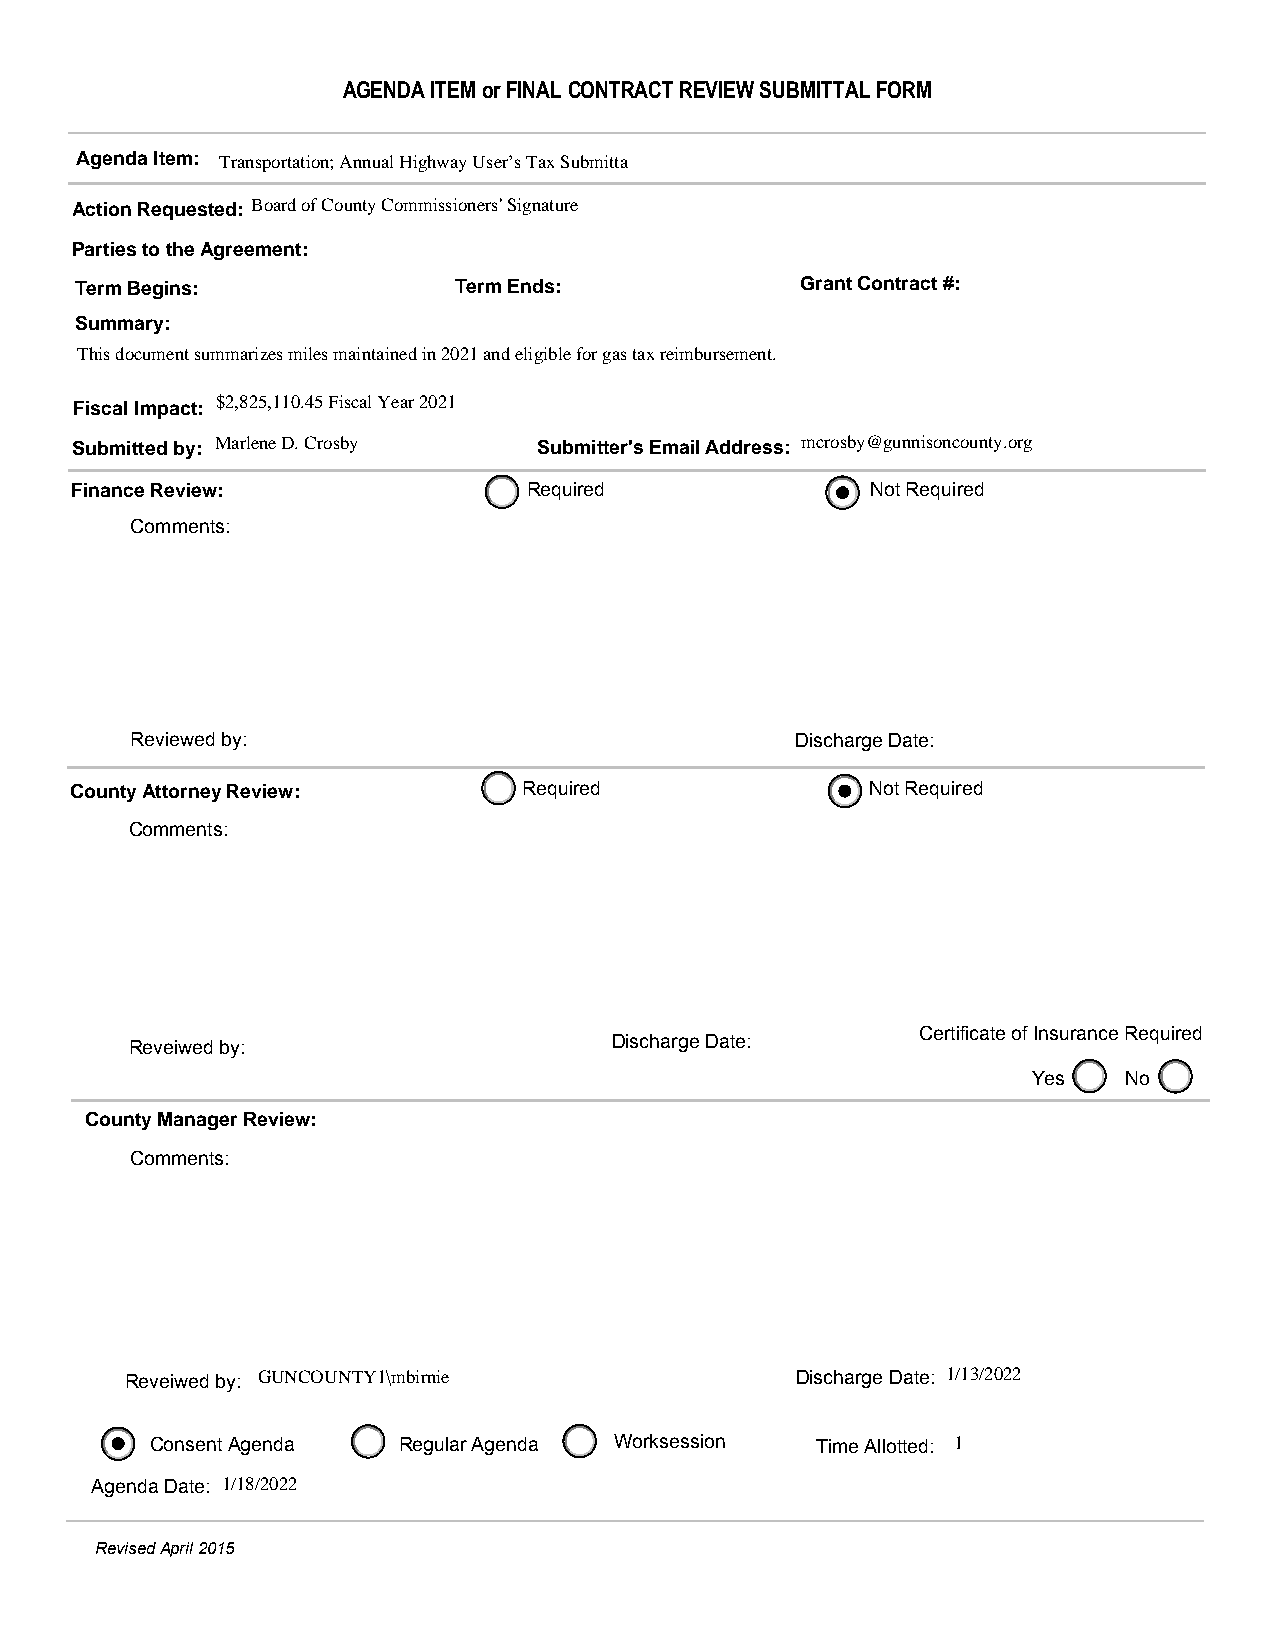
AGENDA ITEM or FINAL CONTRACT REVIEW SUBMITTAL FORM
 Agenda Item: Transportation; Annual Highway User’s Tax Submitta
 Action Requested: Board of County Commissioners' Signature
 Parties to the Agreement:
 Term Begins:             Term Ends:             Grant Contract #:
 Summary:
 This document summarizes miles maintained in 2021 and eligible for gas tax reimbursement.
 Fiscal Impact: $2,825,110.45 Fiscal Year 2021
 Submitted by: Marlene D. Crosby Submitter's Email Address: mcrosby@gunnisoncounty.org
 Finance Review:               Required               Not Required
 Comments:
 Reviewed by:                                Discharge Date:
 County Attorney Review:       Required               Not Required
 Comments:
 Certificate of Insurance Required
 Reveiwed by:                    Discharge Date:
 Yes   No
 County Manager Review:
 Comments:
 Reveiwed by: GUNCOUNTY1\mbirnie              Discharge Date: 1/13/2022
 Consent Agenda  Regular Agenda Worksession  Time Allotted: 1
 Agenda Date: 1/18/2022
 Revised April 2015